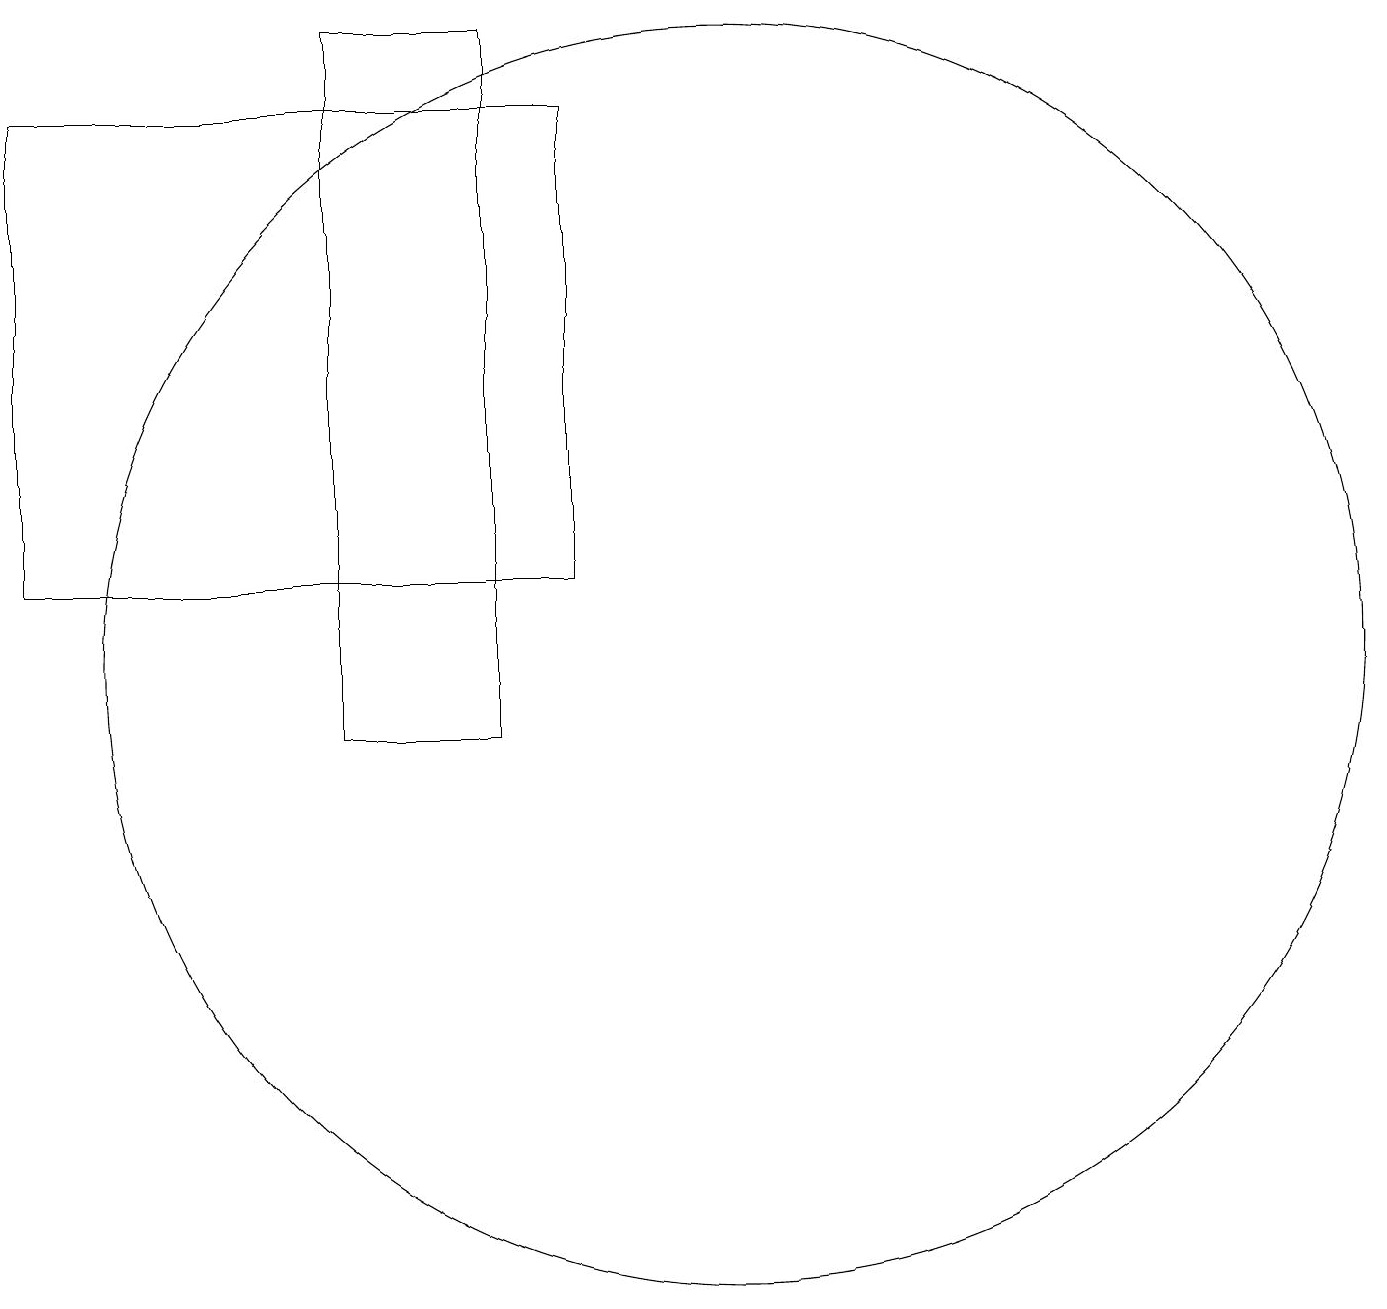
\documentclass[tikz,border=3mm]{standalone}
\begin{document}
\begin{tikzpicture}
\draw (8,12) rectangle (1,18);
\draw (10,11) circle (8);
\draw (7,19) rectangle (5,10);
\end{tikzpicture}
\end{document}